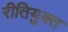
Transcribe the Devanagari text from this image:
रीतियुक्त